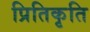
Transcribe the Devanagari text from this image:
प्रितिकृति